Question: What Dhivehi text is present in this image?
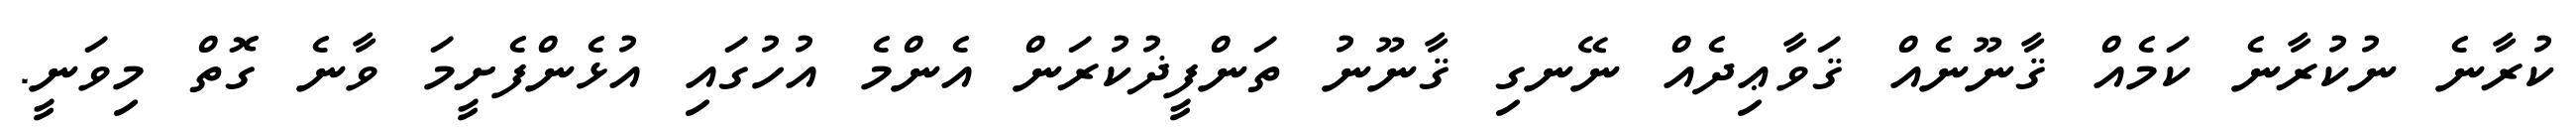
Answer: ކުރާނެ ނުކުރާނެ ކަމެއް ޤާނޫނެއް ޤަވާޢިދެއް ނޭނގި ޤާނޫނު ތަންފީޛުކުރަން އެންމެ އުހުގައި އުޅެންފެށީމަ ވާނެ ގޮތް މިވަނީ.